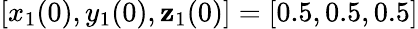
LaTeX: [x_{1}(0),y_{1}(0),\mathbf{z}_{1}(0)]=[0.5,0.5,0.5]